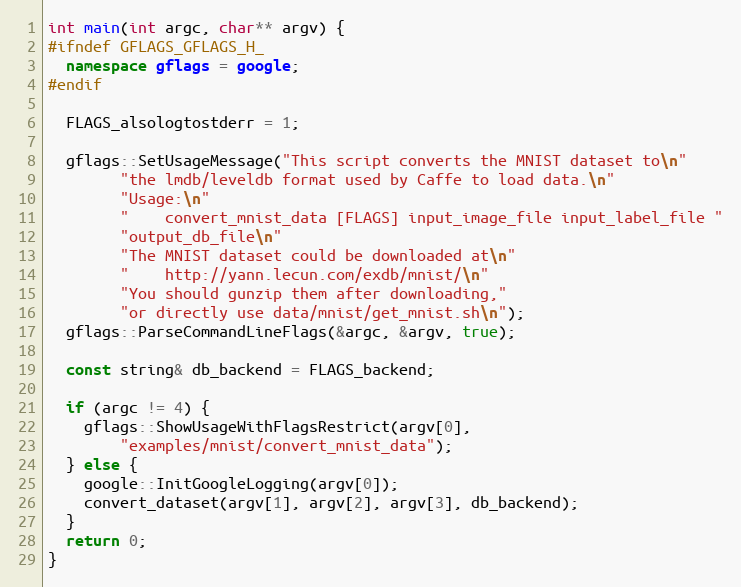
Language: C++
int main(int argc, char** argv) {
#ifndef GFLAGS_GFLAGS_H_
  namespace gflags = google;
#endif

  FLAGS_alsologtostderr = 1;

  gflags::SetUsageMessage("This script converts the MNIST dataset to\n"
        "the lmdb/leveldb format used by Caffe to load data.\n"
        "Usage:\n"
        "    convert_mnist_data [FLAGS] input_image_file input_label_file "
        "output_db_file\n"
        "The MNIST dataset could be downloaded at\n"
        "    http://yann.lecun.com/exdb/mnist/\n"
        "You should gunzip them after downloading,"
        "or directly use data/mnist/get_mnist.sh\n");
  gflags::ParseCommandLineFlags(&argc, &argv, true);

  const string& db_backend = FLAGS_backend;

  if (argc != 4) {
    gflags::ShowUsageWithFlagsRestrict(argv[0],
        "examples/mnist/convert_mnist_data");
  } else {
    google::InitGoogleLogging(argv[0]);
    convert_dataset(argv[1], argv[2], argv[3], db_backend);
  }
  return 0;
}